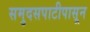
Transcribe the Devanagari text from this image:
समुदसपाटीपासून